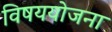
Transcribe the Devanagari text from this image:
विषययोजना